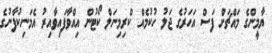
ޔާމީންގެ މައްޗަށް ފަސް އަހަރުގެ ޖަލު ހުކުމެއް ކްރިމިނަލް ކޯޓުން އިއްވާފައިވާއިރު އެމަނިކުފާނުގެ